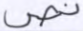
نص